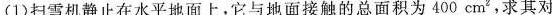
(1)扫雪机静止在水平地面上，它与地面接触的总面积为400cm^{ 2}，求其